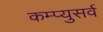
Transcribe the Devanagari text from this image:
कम्प्युसर्व